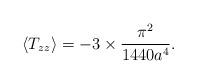
LaTeX: \begin{align*}\langle T_{zz}\rangle =-3\times \frac{\pi^2}{1440 a^4}.\end{align*}